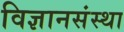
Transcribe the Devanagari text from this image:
विज्ञानसंस्था